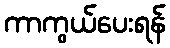
ကာကွယ်ပေးရန်